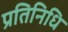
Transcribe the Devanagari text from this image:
प्रतिनिधि